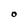
Character: O